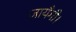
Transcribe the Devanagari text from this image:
जायँगी।